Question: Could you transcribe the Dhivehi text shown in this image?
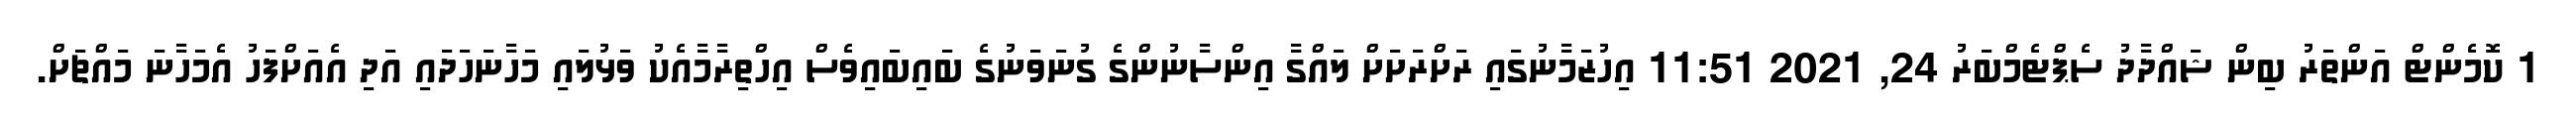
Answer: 1 ކޮމެންޓް އަންތަރު ބިން ޝައްދާދު ސެޕްޓެމްބަރު 24, 2021 11:51 އިހުޒަމާނުގައި ރަށްރަށަށް ލައްގާ އިންސާނުންގެ ގުނަވަނުގެ ބައިބައިވެސް އިހްތިރާމާއެކު ވަޅުލައި މަހާނަހަދައި އަދި އެއަށްފަހު އެމަހާނަ މައްޗަށް.